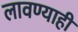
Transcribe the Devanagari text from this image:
लावण्याही